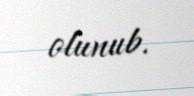
olunub.